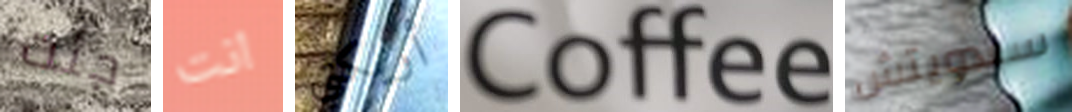
جئت انت أريكتي Coffee سندويتش